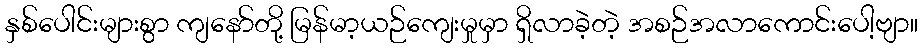
နှစ်ပေါင်းများစွာ ကျနော်တို့ မြန်မာ့ယဉ်ကျေးမှုမှာ ရှိလာခဲ့တဲ့ အစဉ်အလာကောင်းပေါ့ဗျာ။